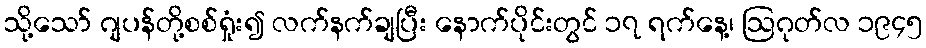
သို့သော် ဂျပန်တို့စစ်ရှုံး၍ လက်နက်ချပြီး နောက်ပိုင်းတွင် ၁၇ ရက်နေ့၊ ဩဂုတ်လ ၁၉၄၅